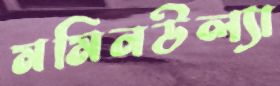
মমিনউল্যা